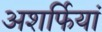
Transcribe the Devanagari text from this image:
अशर्फियां